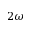
2 \omega